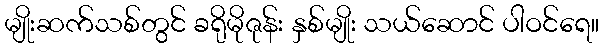
မျိုးဆက်သစ်တွင် ခရိုမိုဇုန်း နှစ်မျိုး သယ်ဆောင် ပါဝင်ရေ။